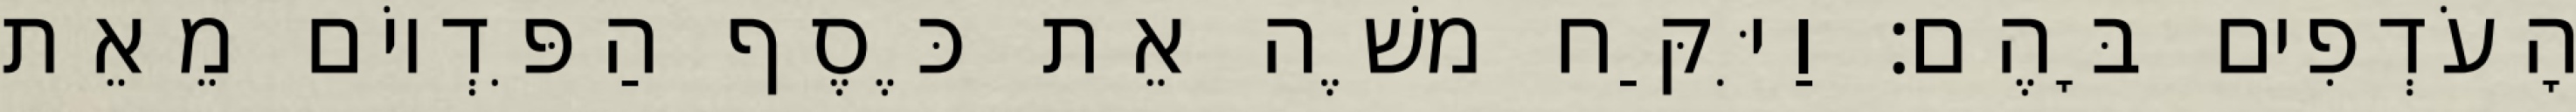
הָעֹדְפִים בָּהֶם׃ וַיִּקַּח משֶׁה אֵת כֶּסֶף הַפִּדְיוֹם מֵאֵת